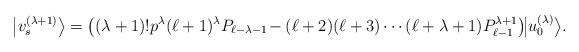
LaTeX: \begin{align*}\big|v_s^{(\lambda{+}1)}\big\rangle = \big( (\lambda+1)! p^{\lambda} (\ell+1)^{\lambda} P_{\ell{-}\lambda{-}1} \!- (\ell+2) (\ell+3)\cdots (\ell+\lambda+1) P_{\ell{-}1}^{\lambda{+}1} \big)\! \big|u_0^{(\lambda)}\big\rangle .\!\!\!\!\end{align*}